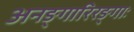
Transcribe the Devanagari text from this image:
अनङ्गारिरङ्गाः